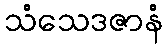
သံသေဒဇာနံ